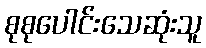
စုစုပေါင်းသေဆုံးသူ